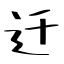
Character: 迁